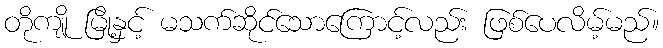
တိုကျို မြို့နှင့် မသက်ဆိုင်သောကြောင့်လည်း ဖြစ်ပေလိမ့်မည်။